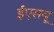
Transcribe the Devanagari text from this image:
ईएसयू